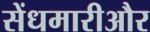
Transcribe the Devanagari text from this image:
सेंधमारीऔर